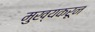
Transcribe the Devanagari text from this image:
मुख्यकरून